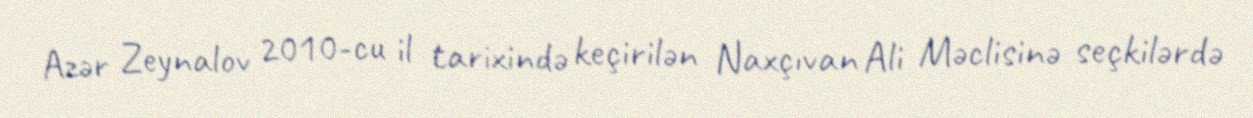
Azər Zeynalov 2010-cu il tarixində keçirilən Naxçıvan Ali Məclisinə seçkilərdə